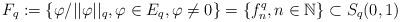
LaTeX: \begin{align*}F_q := \{\varphi/||\varphi||_{q}, \varphi \in E_q, \varphi \neq 0\} = \{f_n^q, n \in\mathbb{N}\} \subset S_{q}(0,1)\end{align*}